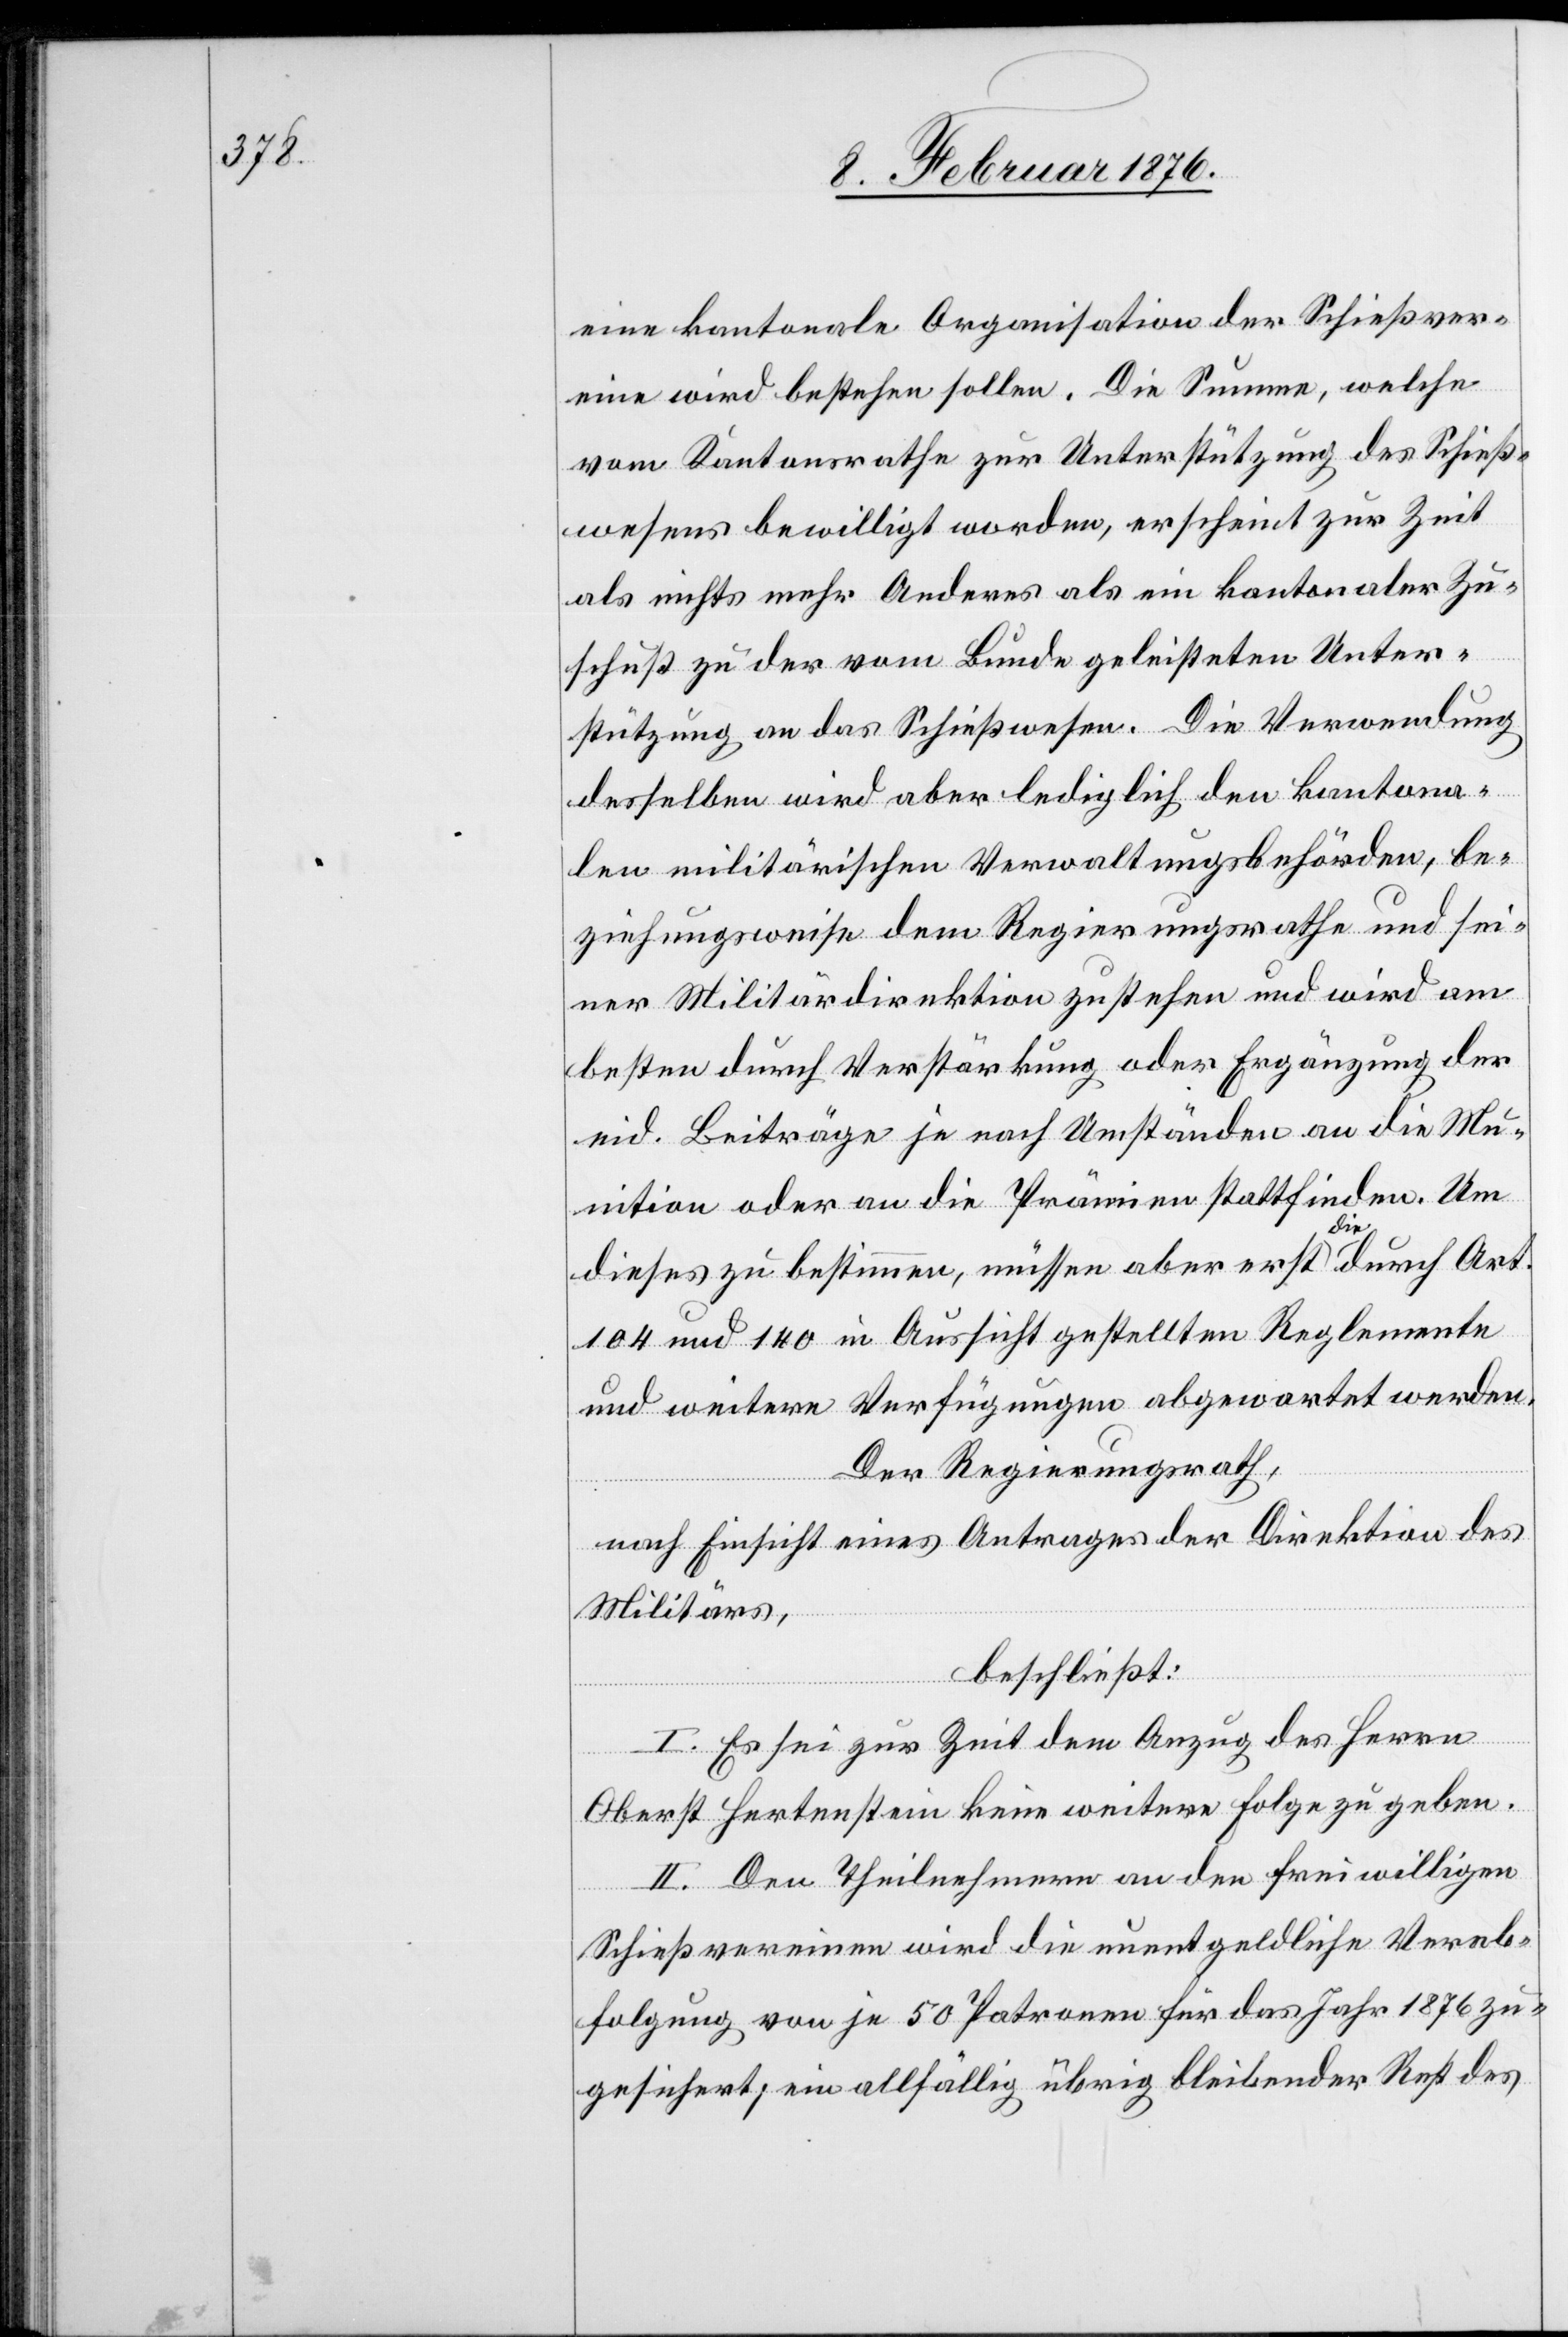
eine kantonale Organisation der Schießver¬
eine wird bestehen sollen. Die Summe, welche
vom Kantonsrathe zur Unterstützung des Schieß¬
wesens bewilligt worden, erscheint zur Zeit
als nichts mehr Anderes als ein kantonaler Zu¬
schuß zu der vom Bunde geleisteten Unter¬
stützung an das Schießwesen. Die Verwendung
desselben wird aber lediglich den kantona¬
len militärischen Verwaltungsbehörden, be¬
ziehungsweise dem Regierungsrathe und sei¬
ner Militärdirektion zustehen und wird am
besten durch Verstärkung oder Ergänzung der
eid. Beiträge je nach Umständen an die Mu¬
nition oder an die Prämien stattfinden. Um
dieses zu bestimmen, müssen aber erst die durch Art.
104 und 140 in Aussicht gestellten Reglemente
und weitere Verfügungen abgewartet werden.
Der Regierungsrath,
nach Einsicht eines Antrages der Direktion des
Militärs,
beschließt:
I. Es sei zur Zeit dem Anzug des Herrn
Oberst Hertenstein keine weitere Folge zu geben.
II. Den Theilnehmern an den freiwilligen
Schießvereinen wird die unentgeldliche Verab¬
folgung von je 50 Patronen für das Jahr 1876 zu¬
gesichert; ein allfällig übrig bleibender Rest des